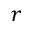
r